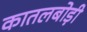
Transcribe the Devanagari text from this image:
कातलबोड़ी